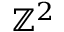
\ensuremath { \mathbb { Z } } ^ { 2 }